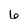
Character: 6